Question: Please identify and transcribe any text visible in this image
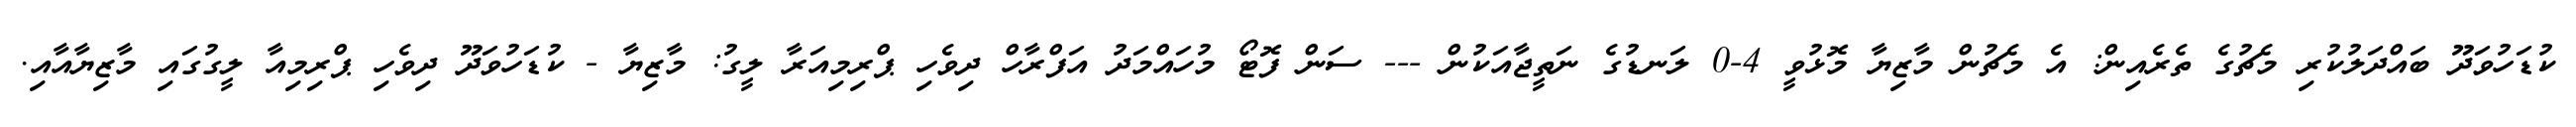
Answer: ކުޑަހުވަދޫ ބައްދަލުކުރި މެޗުގެ ތެރެއިން: އެ މެޗުން މާޒިޔާ މޮޅުވީ 4-0 ލަނޑުގެ ނަތީޖާއަކުން --- ސަން ފޮޓޯ މުހައްމަދު އަފްރާހް ދިވެހި ޕްރިމިއަރާ ލީގު: މާޒިޔާ - ކުޑަހުވަދޫ ދިވެހި ޕްރިމިއާ ލީގުގައި މާޒިޔާއާއި.